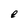
Character: e